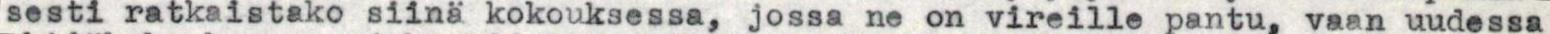
sesti ratkaistako siinä kokouksessa, jossa ne on vireille pantu, vaan uudessa